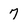
Character: 7